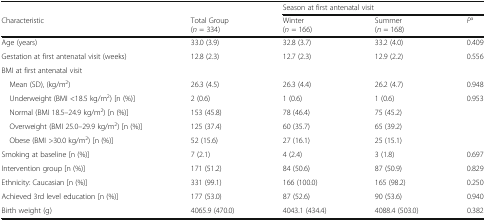
<table><thead><tr><td></td><td></td><td colspan="3"><b>Season at first antenatal visit</b></td></tr><tr><td><b>Characteristic</b></td><td><b>Total Group(<i>n</i> = 334)</b></td><td><b>Winter(<i>n</i> = 166)</b></td><td><b>Summer(<i>n</i> = 168)</b></td><td><b><i>P</i><sup>a</sup></b></td></tr></thead><tbody><tr><td>Age (years)</td><td>33.0 (3.9)</td><td>32.8 (3.7)</td><td>33.2 (4.0)</td><td>0.409</td></tr><tr><td>Gestation at first antenatal visit (weeks)</td><td>12.8 (2.3)</td><td>12.7 (2.3)</td><td>12.9 (2.2)</td><td>0.556</td></tr><tr><td>BMI at first antenatal visit</td><td colspan="4"></td></tr><tr><td> Mean (SD), (kg/m<sup>2</sup>)</td><td>26.3 (4.5)</td><td>26.3 (4.4)</td><td>26.2 (4.7)</td><td>0.948</td></tr><tr><td> Underweight (BMI &lt;18.5 kg/m<sup>2</sup>) [n (%)]</td><td>2 (0.6)</td><td>1 (0.6)</td><td>1 (0.6)</td><td rowspan="4">0.953</td></tr><tr><td> Normal (BMI 18.5–24.9 kg/m<sup>2</sup>) [n (%)]</td><td>153 (45.8)</td><td>78 (46.4)</td><td>75 (45.2)</td></tr><tr><td> Overweight (BMI 25.0–29.9 kg/m<sup>2</sup>) [n (%)]</td><td>125 (37.4)</td><td>60 (35.7)</td><td>65 (39.2)</td></tr><tr><td> Obese (BMI &gt;30.0 kg/m<sup>2</sup>) [n (%)]</td><td>52 (15.6)</td><td>27 (16.1)</td><td>25 (15.1)</td></tr><tr><td>Smoking at baseline [n (%)]</td><td>7 (2.1)</td><td>4 (2.4)</td><td>3 (1.8)</td><td>0.697</td></tr><tr><td>Intervention group [n (%)]</td><td>171 (51.2)</td><td>84 (50.6)</td><td>87 (50.9)</td><td>0.829</td></tr><tr><td>Ethnicity: Caucasian [n (%)]</td><td>331 (99.1)</td><td>166 (100.0)</td><td>165 (98.2)</td><td>0.250</td></tr><tr><td>Achieved 3rd level education [n (%)]</td><td>177 (53.0)</td><td>87 (52.6)</td><td>90 (53.6)</td><td>0.940</td></tr><tr><td>Birth weight (g)</td><td>4065.9 (470.0)</td><td>4043.1 (434.4)</td><td>4088.4 (503.0)</td><td>0.382</td></tr></tbody></table>